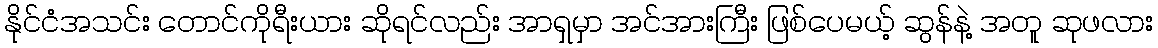
နိုင်ငံအသင်း တောင်ကိုရီးယား ဆိုရင်လည်း အာရှမှာ အင်အားကြီး ဖြစ်ပေမယ့် ဆွန်နဲ့ အတူ ဆုဖလား